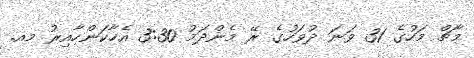
މާޗް މަހުގެ 31 ވަނަ ދުވަހުގެ ރޭ މެންދަމު 3:30 އެހާކަންހާއިރު މއ.